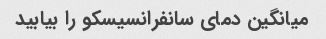
میانگین دمای سانفرانسیسکو را بیابید